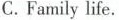
C. Family life.